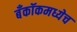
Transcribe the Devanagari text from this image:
बँकॉकमध्येच